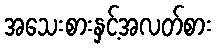
အသေးစားနှင့်အလတ်စား